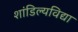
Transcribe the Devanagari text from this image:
शांडिल्यविद्या